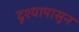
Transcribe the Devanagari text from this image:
दृश्यापासून